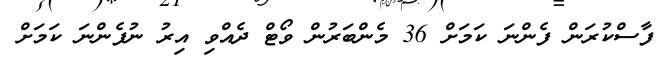
ފާސްކުރަން ފެންނަ ކަމަށް 36 މެންބަރުން ވޯޓް ދެއްވި އިރު ނުފެންނަ ކަަމަށް